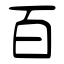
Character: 百